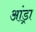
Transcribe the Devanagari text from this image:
आंड्रा